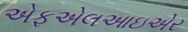
એફએલઆઇએર